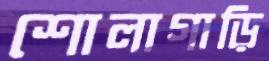
শোলাগাড়ি